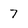
Character: 7